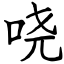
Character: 哓